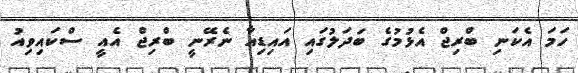
ހަމަ އެކަނި ބްރިޖް އެޅުމުގެ ބަދަލުގައި އައިޑިއާ ނެރޭނީ ބްރިޖް އެއީ ސްކައިވިއު